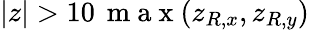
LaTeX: |z|>10\, \mathrm{~m~a~x~}(z_{R,x},z_{R,y})